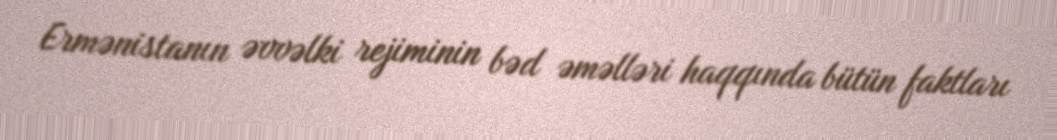
Ermənistanın əvvəlki rejiminin bəd əməlləri haqqında bütün faktları